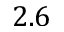
2 . 6